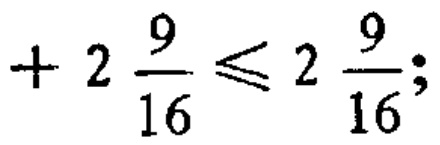
$+2\frac{9}{16}\leqslant 2\frac{9}{16};$